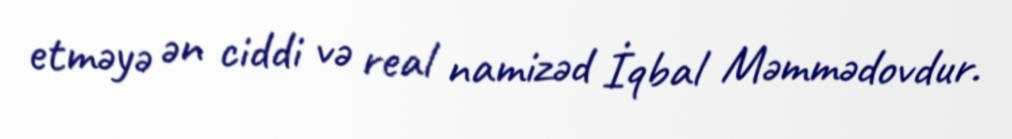
etməyə ən ciddi və real namizəd İqbal Məmmədovdur.